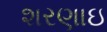
શરણાઇ